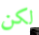
لكن